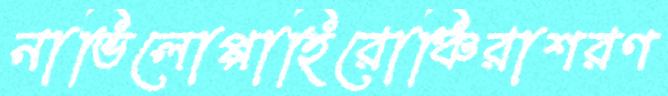
নাভিলোপ্পাহিরোঞ্চিরাশরণ